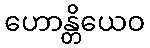
ဟောန္တိယေဝ